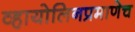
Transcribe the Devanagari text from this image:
व्हायोलिनप्रमाणेच